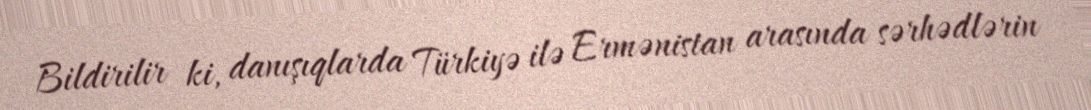
Bildirilir ki, danışıqlarda Türkiyə ilə Ermənistan arasında sərhədlərin